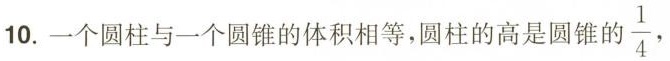
10.一个圆柱与一个圆锥的体积相等，圆柱的高是圆锥的\frac{1}{4}，